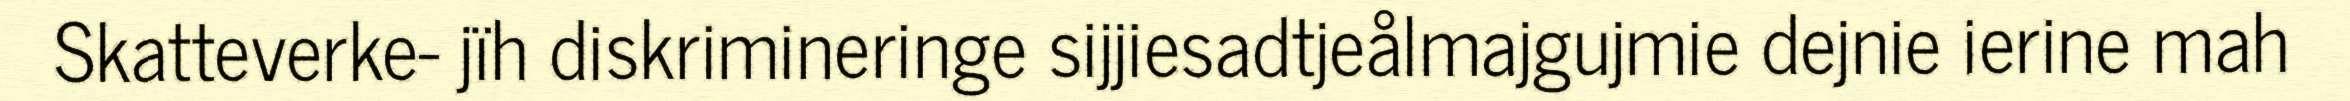
Skatteverke- jïh diskrimineringe sijjiesadtjeålmajgujmie dejnie ierine mah